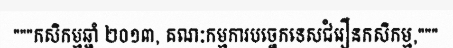
"""កសិកម្មឆ្នាំ ២០១៣, គណៈកម្មការបច្ចេកទេសជំរឿនកសិកម្ម,"""